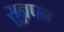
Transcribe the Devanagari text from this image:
सुन्नपन